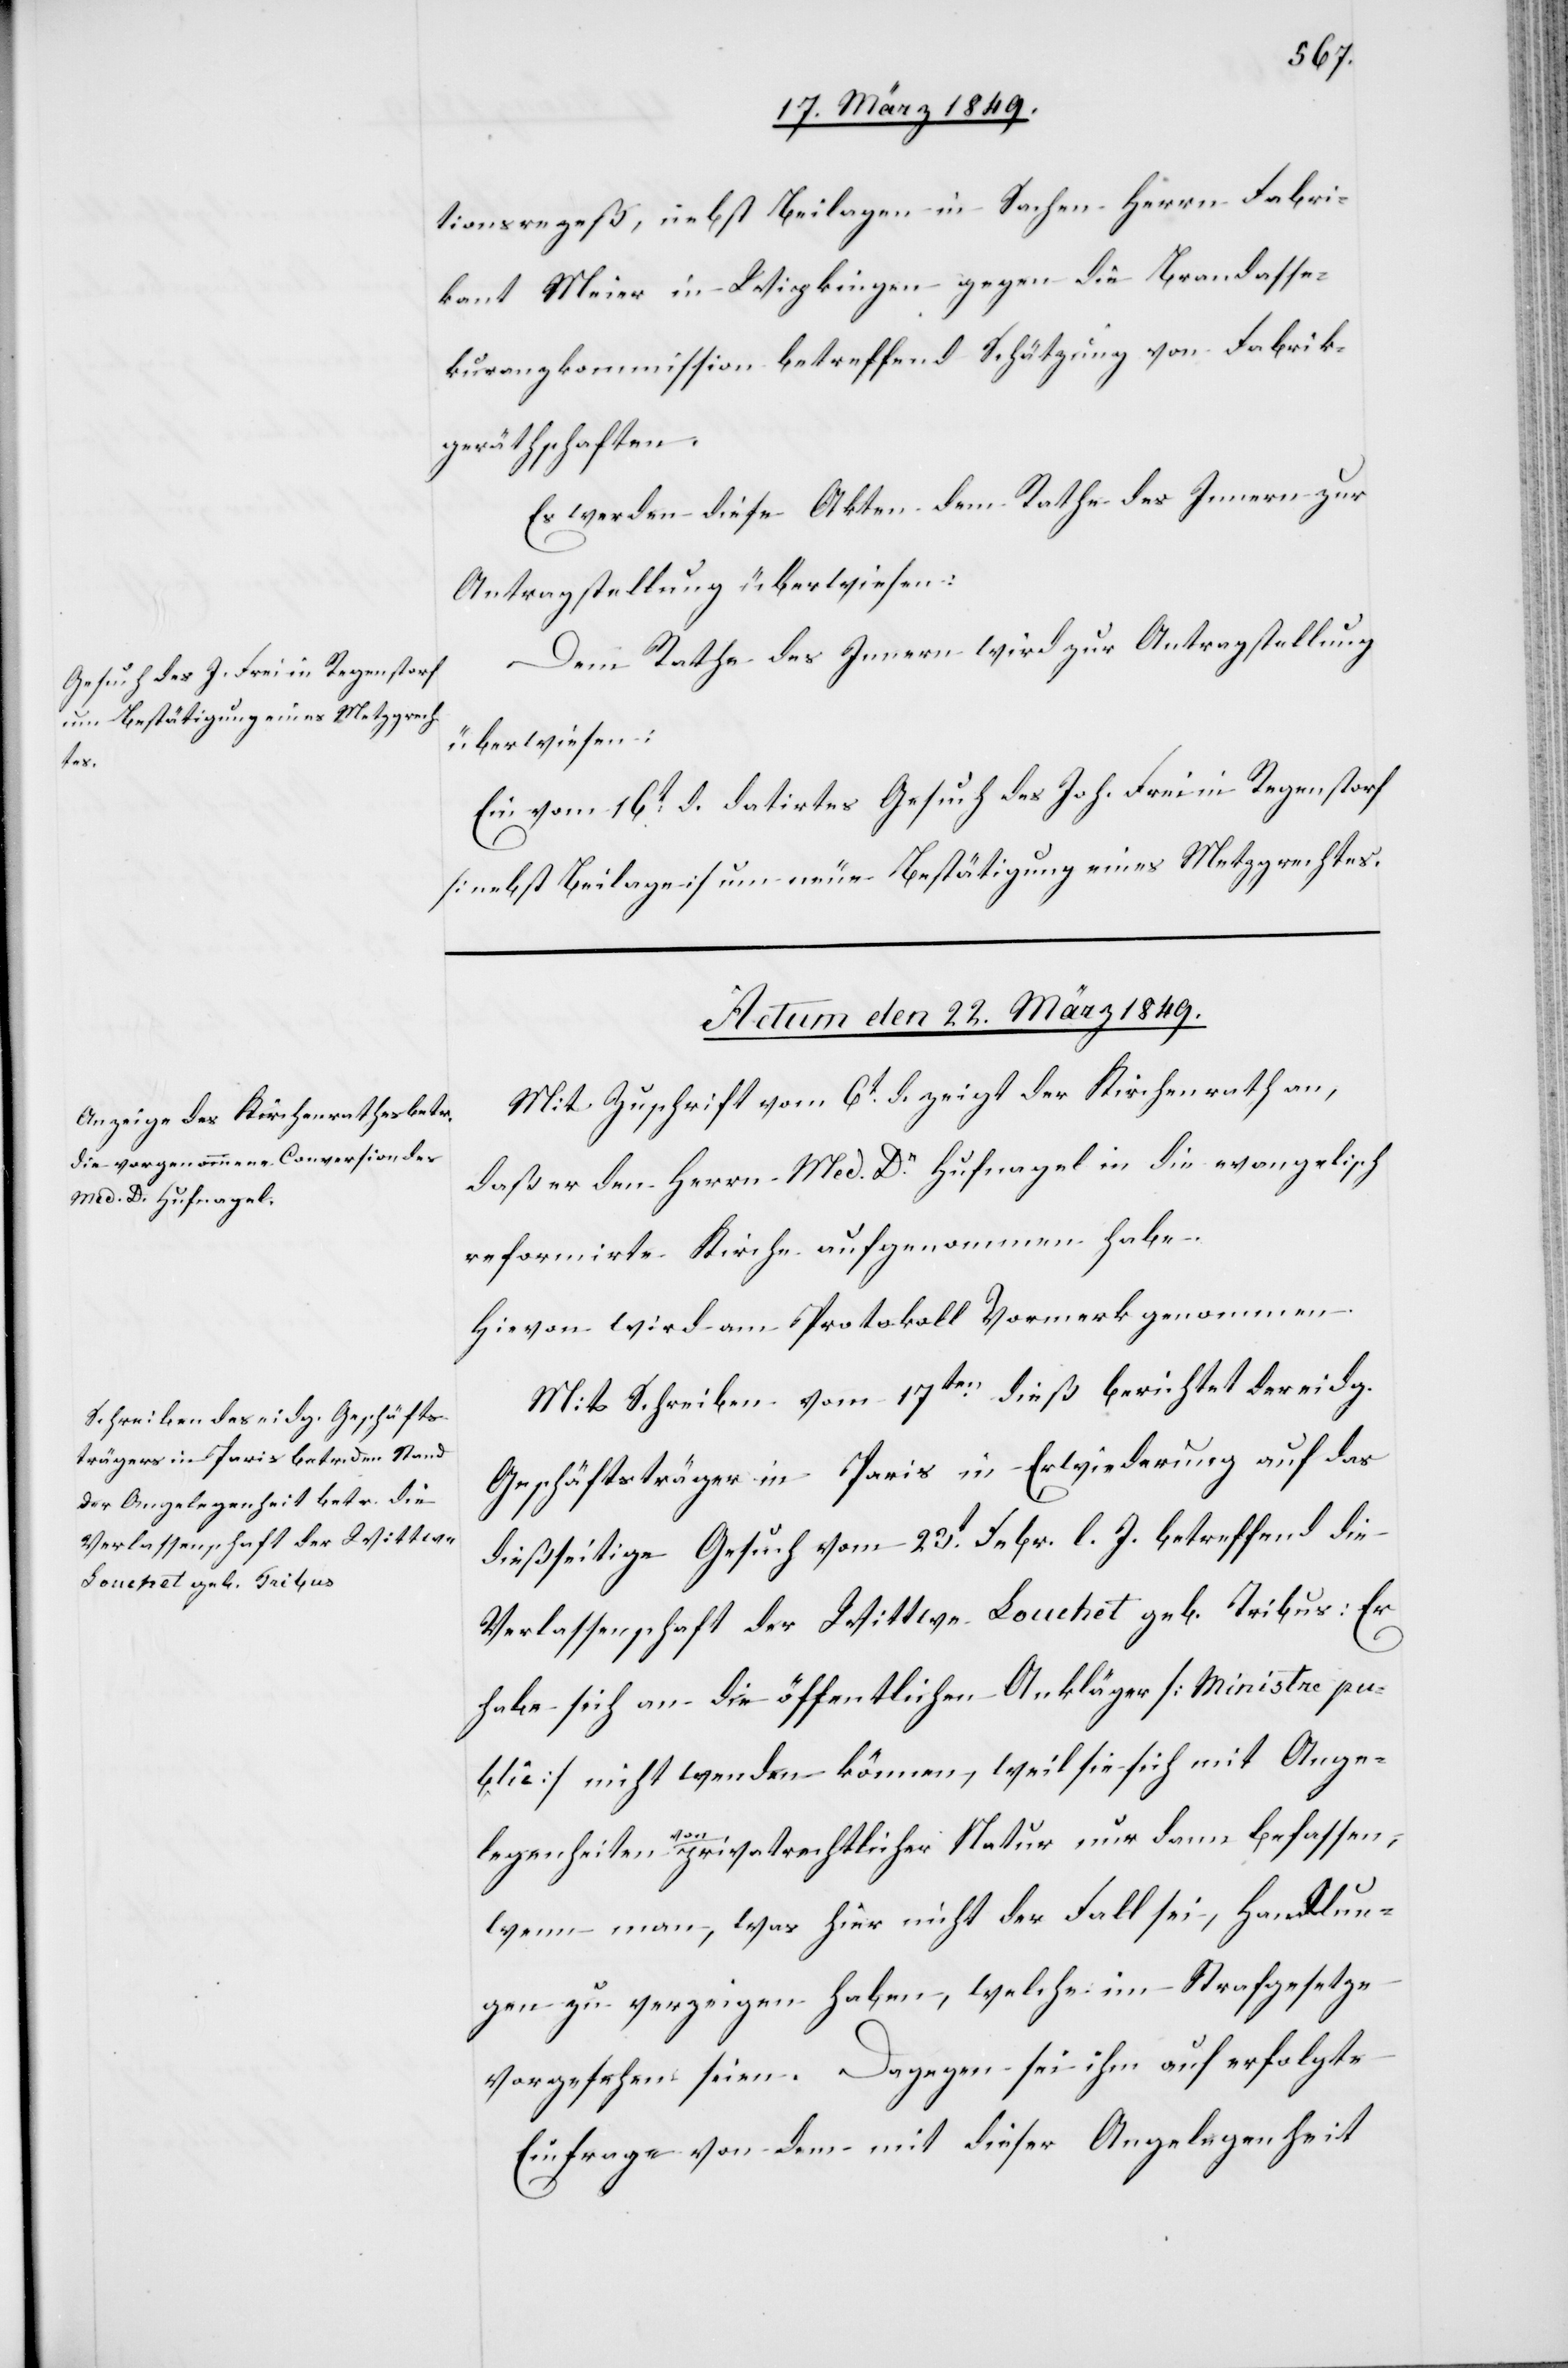
tionsrezeß, nebst Beilagen in Sachen Herrn Fabri¬
kant Meier in Wipkingen gegen die Brandasse¬
kuranzkommission betreffend Schätzung von Fabrik¬
geräthschaften.
Es werden diese Akten dem Rathe des Innern zur
Antragstellung überwiesen.
Dem Rathe des Innern wird zur Antragstellung
überwiesen:
Ein vom 16t. d. datirtes Gesuch des Joh. Frei in Regenstorf
[nebst Beilagen] um neue Bestätigung eines Metzgrechtes.
Actum den 22. März 1849.]
Mit Zuschrift vom 6t. d. zeigt der Kirchenrath an,
daß er den Herrn Med. Dr. Hufnagel in die evangelisch
reformirte Kirche aufgenommen habe.
Hievon wird am Protokoll Vormerk genommen.
Mit Schreiben vom 17ten. dieß berichtet der eidg.
Geschäftsträger in Paris in Erwiederung auf das
dießseitige Gesuch vom 23t. Febr. l. J. betreffend die
Verlassenschaft der Wittwe Louchet geb. Tribus: Er
habe sich an die öffentlichen Ankläger [Ministre pu¬
blic] nicht wenden können, weil sie sich mit Ange¬
legenheiten von privatrechtlicher Natur nur dann befassen,
wenn man, was hier nicht der Fall sei, Handlun¬
gen zu verzeigen haben [sic!], welche im Strafgesetze
vorgesehen seien. Dagegen sei ihm auf erfolgte
Einfrage von dem mit dieser Angelegenheit